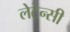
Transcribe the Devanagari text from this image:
लेटेन्सी